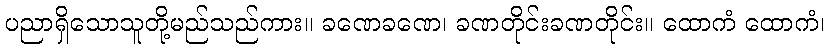
ပညာရှိသောသူတို့မည်သည်ကား။ ခဏေခဏေ၊ ခဏတိုင်းခဏတိုင်း။ ထောကံ ထောကံ၊